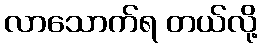
လာသောက်ရ တယ်လို့